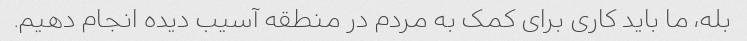
بله، ما باید کاری برای کمک به مردم در منطقه آسیب دیده انجام دهیم.